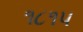
૧૮૧૫